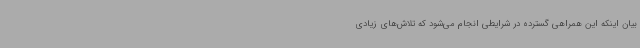
بیان اینکه این همراهی گسترده در شرایطی انجام می‌شود که تلاش‌های زیادی